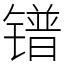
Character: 镨